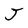
Character: J